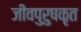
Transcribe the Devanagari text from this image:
जीवपुरुषकृत